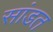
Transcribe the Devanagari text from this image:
सांडत